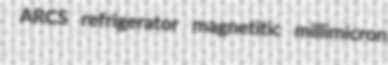
ARCS refrigerator magnetitic millimicron